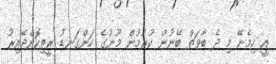
އީ ހިމެނޭ މި ދެ ބާވަތް ބޭނުން ކުރުމުން މޫނުގެ ހަންގަނޑު ރީތިކޮށްދޭއިރު